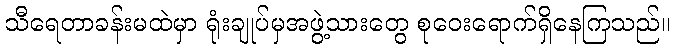
သီရေတာခန်းမထဲမှာ ရုံးချုပ်မှအဖွဲ့သားတွေ စုဝေးရောက်ရှိနေကြသည်။